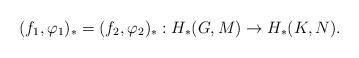
LaTeX: \begin{align*}(f_{1}, \varphi_{1})_{*} = (f_{2}, \varphi_{2})_{*} : H_{*}(G,M) \rightarrow H_{*}(K,N).\end{align*}